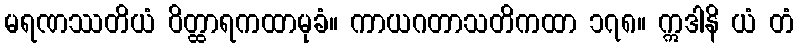
မရဏဿတိယံ ဝိတ္ထာရကထာမုခံ။ ကာယဂတာသတိကထာ ၁၇၈။ ဣဒါနိ ယံ တံ